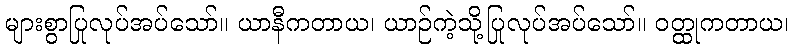
များစွာပြုလုပ်အပ်သော်။ ယာနီကတာယ၊ ယာဉ်ကဲ့သို့ပြုလုပ်အပ်သော်။ ဝတ္ထုကတာယ၊